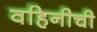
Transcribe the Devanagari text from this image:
वहिनीची